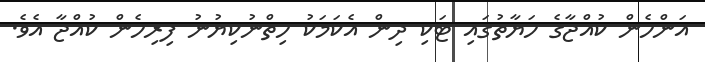
އަންހެން ކުއްޖާގެ ހަޔާތުގައި ޓަކި ދިން އެކަމަކު ހިތްނުކިޔުނު ފިރިހެން ކުއްޖާ އެވެ.